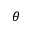
\theta